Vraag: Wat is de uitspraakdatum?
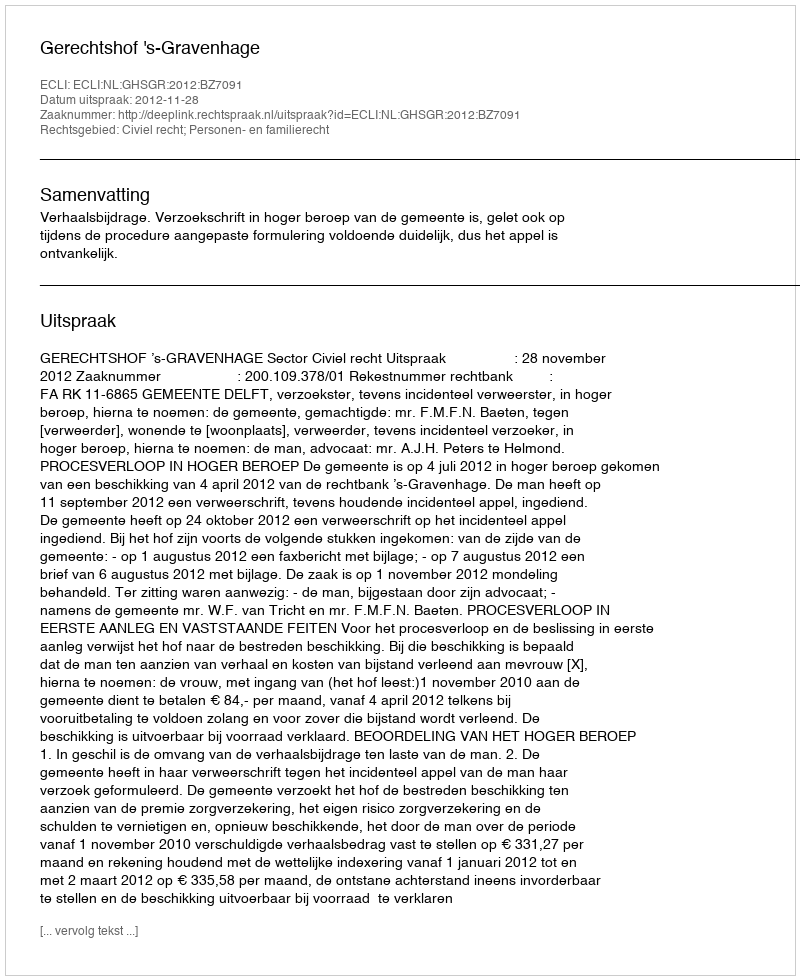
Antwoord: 2012-11-28